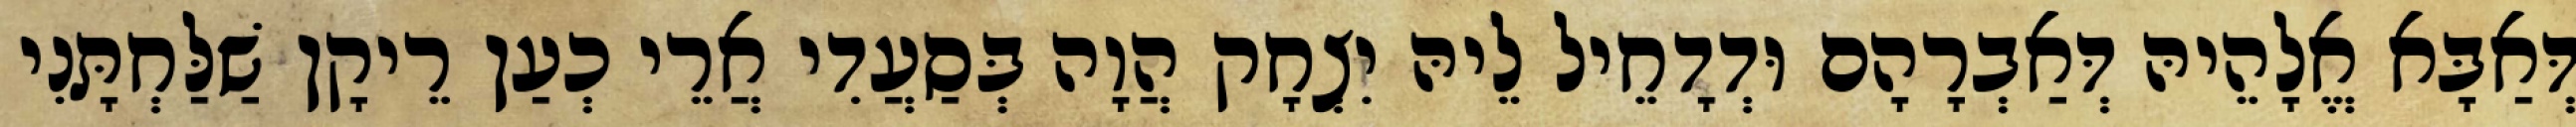
דְּאַבָּא אֱלָהֵיהּ דְּאַבְרָהָם וּדְדָחֵיל לֵיהּ יִצְחָק הֲוָה בְּסַעֲדִי אֲרֵי כְעַן רֵיקָן שַׁלַּחְתָּנִי